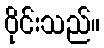
ဝိုင်းသည်။